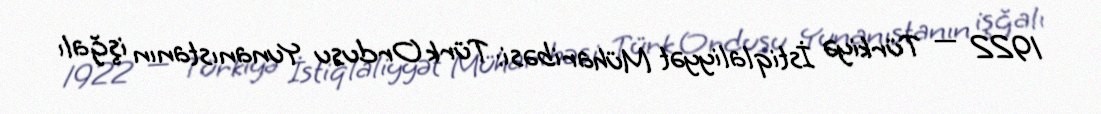
1922 — Türkiyə İstiqlaliyyət Müharibəsi: Türk Ordusu Yunanıstanın işğalı